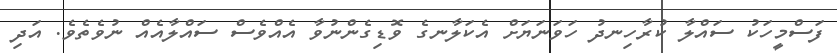
ފަސްމީހަކު ސައްލާ ކުރާހިނދު ހަވަނަޔަށް އެކަލާނގެ ވޮޑިގެންނުވާ އެއްވެސް ސައްލާއެއް ނުވެތެވެ. އަދި